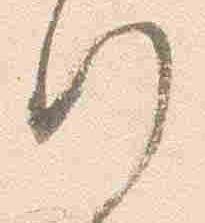
行